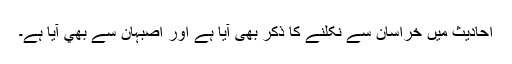
احادیث میں خراسان سے نکلنے کا ذکر بھی آیا ہے اور اصبہان سے بھي آیا ہے۔